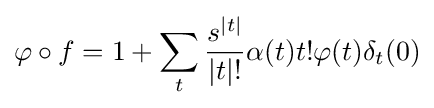
\varphi \circ f=1+\sum _{t}{s^{|t|} \over |t|!}\alpha (t)t!\varphi (t)\delta _{t}(0)